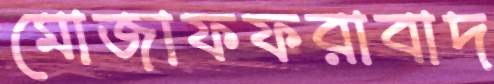
মোজাফফরাবাদ